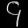
Digit: ၄